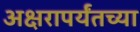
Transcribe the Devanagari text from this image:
अक्षरापर्यंतच्या